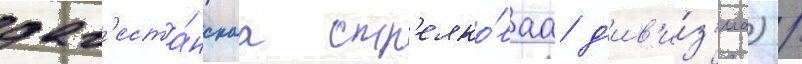
даг'еста́нскаа стр'елко́ваа д'ив'и́з'иа) /